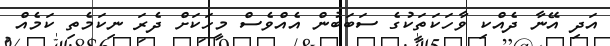
އަދި އޭނާ ދެއްކި ވާހަކަތަކުގެ ސަބަބުން އެއްވެސް މީހަކަށް ދެރަ ނިކަމެތި ކަމެއް